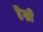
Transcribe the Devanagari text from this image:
हैन्री